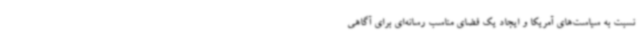
نسبت به سیاست‌های آمریکا و ایجاد یک فضای مناسب رسانه‌ای برای آگاهی